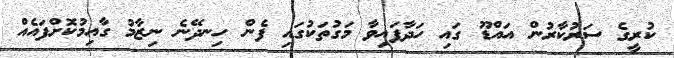
ކުރީގެ ސަރުކާރުން އައްޑޫ ގައި ހަދާފައިވާ މަގުތަކުގައި ފެން ހިނދޭނެ ނިޒާމު ގާއިމުކޮށްފައެއް